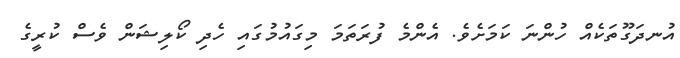
އުނދަގޫތަކެއް ހުންނަ ކަމަށެވެ. އެންމެ ފުރަތަމަ މިގައުމުގައި ހެދި ކޯލިޝަން ވެސް ކުރީގެ